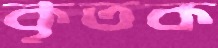
কৃতক